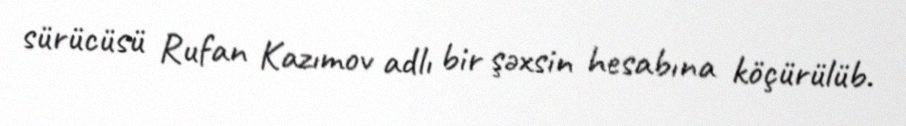
sürücüsü Rufan Kazımov adlı bir şəxsin hesabına köçürülüb.